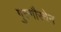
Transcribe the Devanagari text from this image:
गुरुगौरवेन